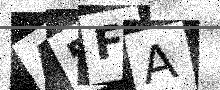
Text: A5FA